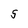
Character: S